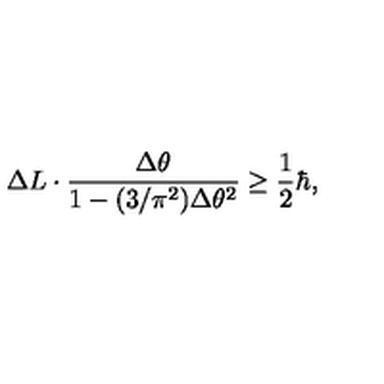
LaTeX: \Delta L \cdot \frac { \Delta \theta } { 1 - ( 3 / \pi ^ { 2 } ) \Delta \theta ^ { 2 } } \ge \frac 1 2 \hbar ,